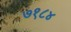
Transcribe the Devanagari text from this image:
७१८४